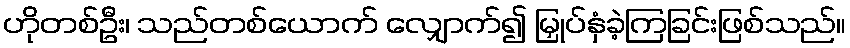
ဟိုတစ်ဦး၊ သည်တစ်ယောက် လျှောက်၍ မြှုပ်နှံခဲ့ကြခြင်းဖြစ်သည်။